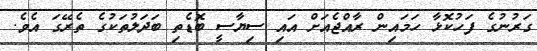
ގަރުނުގެ ފަހުކޮޅާ ހަމައިން ރާއްޖެއަށް އައި ސިޔާސީ ބޮޑެތި ބަދަލުތަކުގެ ތެރޭގަ އެވެ.